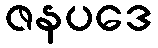
ဇနပဒေ